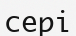
сері